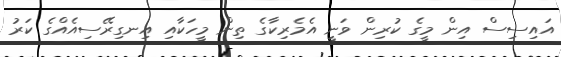
އައިސިސް އިން މީގެ ކުރިން ވަނީ އެމެރިކާގެ ތިން މީހަކާއި އިނގިރޭސިއެއްގެ ކަރު